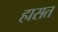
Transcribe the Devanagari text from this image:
हासत